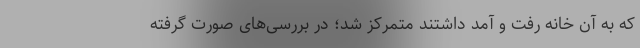
که به آن خانه رفت و آمد داشتند متمرکز شد؛ در بررسی‌های صورت گرفته